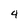
Character: 4